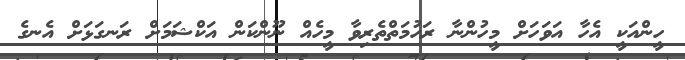
ހީންއަކީ އެހާ އަވަހަށް މީހުންނާ ރަހުމަތްތެރިވާ މީހެއް ނޫންކަން އަކްޝަމަށް ރަނގަޅަށް އެނގެ